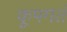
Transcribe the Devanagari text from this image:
कूपगतं